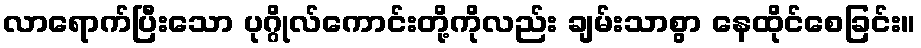
လာရောက်ပြီးသော ပုဂ္ဂိုလ်ကောင်းတို့ကိုလည်း ချမ်းသာစွာ နေထိုင်စေခြင်း။